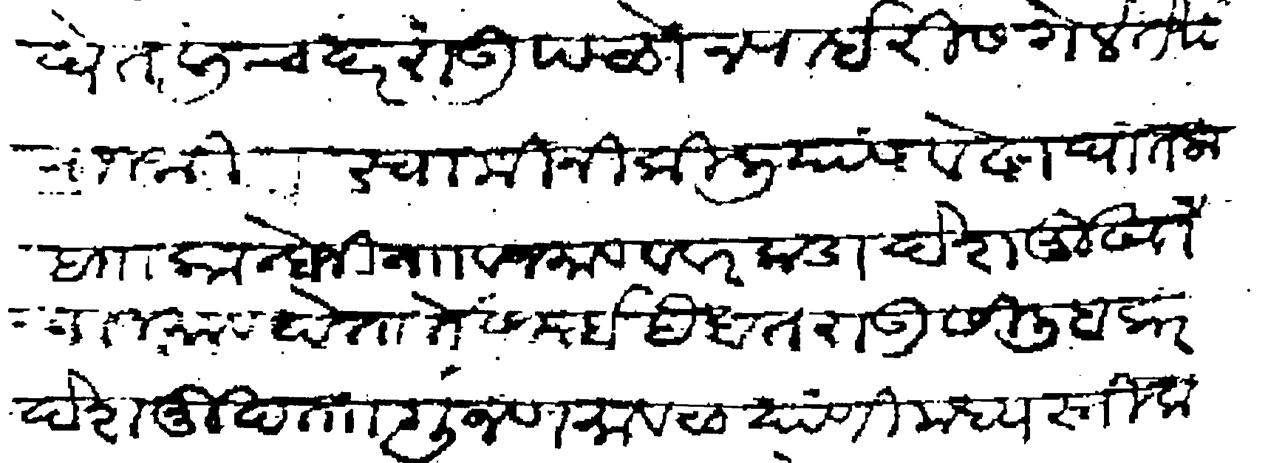
Transliteration (Devanagari): घेतली चंदरराऊ पळोन राईरीस गेले तेथे राजश्री स्वामीनी किलीयांस वेढा घातला बाा कान्होजी नाा व जमाव व वरकडा देशमुखाचा जमाव होता ते समई हैबतराऊ सिलिबकर